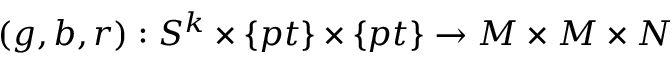
( g , b , r ) : S ^ { k } \times \{ p t \} \times \{ p t \} \rightarrow M \times M \times N